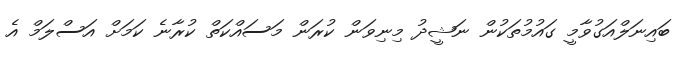
ބައިނަލްއަގުވާމީ ގައުމުތަކުން ނަޝީދު މިނިވަން ކުރަން މަސައްކަތް ކުރާނެ ކަމަށް އަސްލަމް އެ